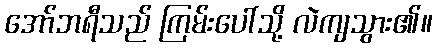
အော်ဘရီသည် ကြမ်းပေါ်သို့ လဲကျသွား၏။